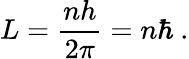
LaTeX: L={\frac{nh}{2\pi}}=n\hbar~.